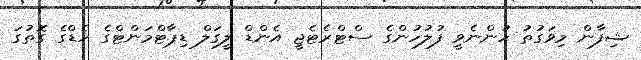
ޝިފާން މިވަގުތު ހުންނެވީ ފުލުހުންގެ ސްޓްރެޓެޖީ އެންޑް ލީގަލް ޑިޕާޓްމަންޓްގެ ހެޑްގެ ގޮތުގަ